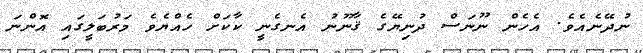
ނުދޭނެއެވެ. އެހެން ނޫނަސް ދުނިޔޭގެ ޤާނޫނު އެނގެނީ ކާކަށް ހެއްޔެވެ މަރުބަލީގައި އޮންނަ